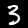
Digit: 3